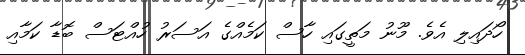
ހޯދައިލި އެވެ. މޫނު މަތީގައި ހާސް ކަމެއްގެ އަސަރު ހުއްޓަސް ބޮޑާ ކަމާއި